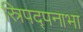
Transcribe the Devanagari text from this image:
स्रिपद्पनाभा